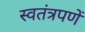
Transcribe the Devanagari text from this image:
स्वतंत्रपणें